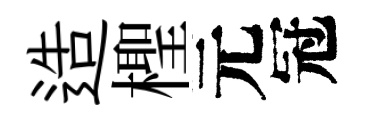
造檉元冠